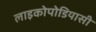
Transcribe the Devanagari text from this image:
लाइकोपोडियासी